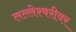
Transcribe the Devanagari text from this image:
लल्लेश्वरीवर